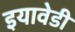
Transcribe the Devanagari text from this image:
इयावेडी